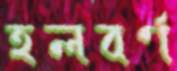
হলবর্ণ